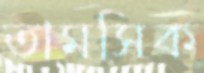
তামসিক